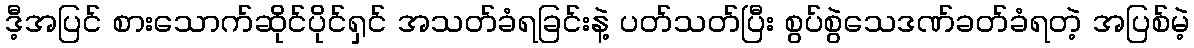
ဒီ့အပြင် စားသောက်ဆိုင်ပိုင်ရှင် အသတ်ခံရခြင်းနဲ့ ပတ်သတ်ပြီး စွပ်စွဲသေဒဏ်ခတ်ခံရတဲ့ အပြစ်မဲ့